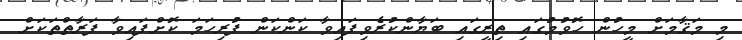
މި މަޤާމަށް މީހުން ހޮވުމުގައި ތިރީގައި ބަޔާންކުރެވިފައިވާ ކަންކަން ފުރިހަމަ ކޮށްފައިވާ ފަރާތްތަކަށް